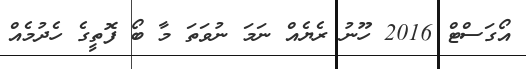
އޯގަސްޓް 2016 ހޫނު ރެޔެއް ނަމަ ނުވަތަ މާ ބޯ ފޮތީގެ ހެދުމެއް